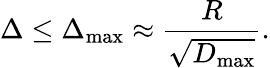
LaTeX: \Delta\le\Delta_{\textrm{max}}\approx\frac{R}{\sqrt{D_{\textrm{max}}}}.